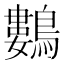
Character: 鷜